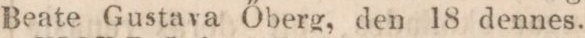
Beate Gustava Öberg, den 18 dennes.